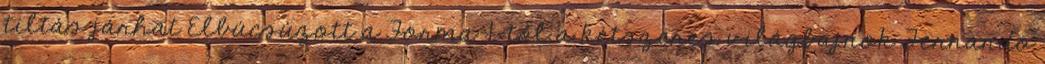
tiltás járhat Elbúcsúzott a Forma-1-től a kétszeres világbajnok Fernando